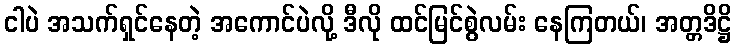
ငါပဲ အသက်ရှင်နေတဲ့ အကောင်ပဲလို့ ဒီလို ထင်မြင်စွဲလမ်း နေကြတယ်၊ အတ္တဒိဋ္ဌိ